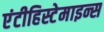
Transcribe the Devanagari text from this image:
एंटीहिस्टेमाइन्स